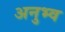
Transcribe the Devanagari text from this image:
अनुभ्व